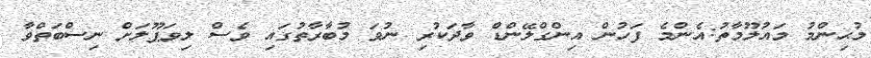
މުޙިންމު މައުލޫމާތު:އެންމެ ފަހުން އިންގްލޭންޑް ވާދަކުރި ނުވަ މުބާރާތުގައި ވެސް ލިވަޕޫލަށް ނިސްބަތްވާ